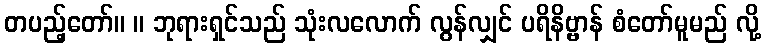
တပည့်တော်။ ။ ဘုရားရှင်သည် သုံးလလောက် လွန်လျှင် ပရိနိဗ္ဗာန် စံတော်မူမည် လို့